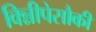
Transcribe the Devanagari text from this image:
विन्नीपेसौकी